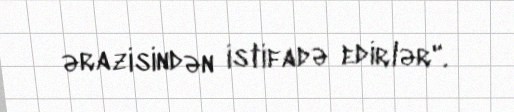
ərazisindən istifadə edirlər".